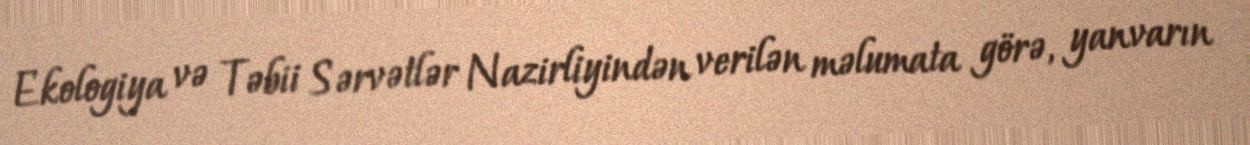
Ekologiya və Təbii Sərvətlər Nazirliyindən verilən məlumata görə, yanvarın